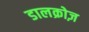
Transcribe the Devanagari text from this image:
डालक्रोज़